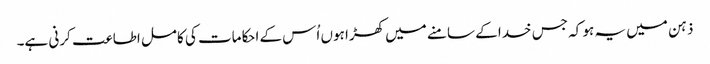
ذہن میں یہ ہو کہ جس خدا کے سامنے میں کھڑا ہوں اُس کے احکامات کی کامل اطاعت کرنی ہے۔